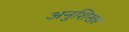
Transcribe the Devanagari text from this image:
अनुशिखर